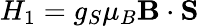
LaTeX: H_{1}=g_{S}\mu_{B}\textbf{B}\cdot\textbf{S}